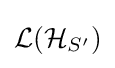
{\mathcal {L}}({\mathcal {H}}_{S'})